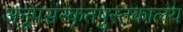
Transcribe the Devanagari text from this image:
अनूपसंस्कृतपुस्तकालय